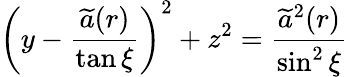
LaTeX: \left(y-\frac{\widetilde{a}(r)}{\tan\xi}\right)^{2}+z^{2}=\frac{\widetilde{a}^{2}(r)}{\sin^{2}\xi}